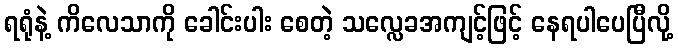
ရရုံနဲ့ ကိလေသာကို ခေါင်းပါး စေတဲ့ သလ္လေခအကျင့်ဖြင့် နေရပါပေပြီလို့